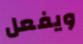
ويفعل